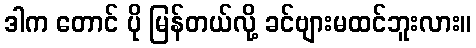
ဒါက တောင် ပို မြန်တယ်လို့ ခင်ဗျားမထင်ဘူးလား။